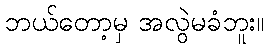
ဘယ်တော့မှ အလွဲမခံဘူး။